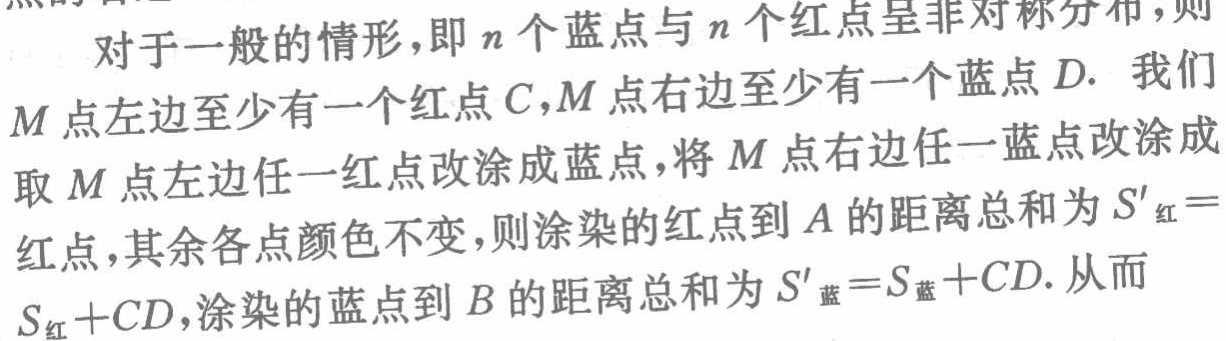
对于一般的情形，即\(n\)个蓝点与\(n\)个红点呈非对称分布，则\(M\)点左边至少有一个红点\(C\)，\(M\)点右边至少有一个蓝点\(D\). 我们取\(M\)点左边任一红点改涂成蓝点，将\(M\)点右边任一蓝点改涂成红点，其余各点颜色不变，则涂染的红点到\(A\)的距离总和为\(S'_{红}=S_{红}+CD\)，涂染的蓝点到\(B\)的距离总和为\(S'_{蓝}=S_{蓝}+CD\). 从而